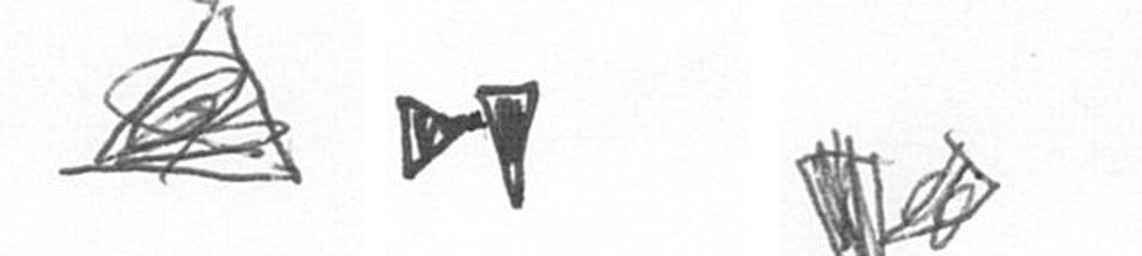
O M F